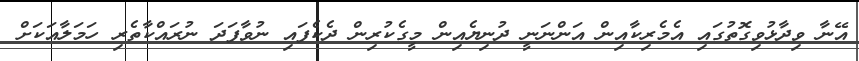
އޭނާ ވިދާޅުވިގޮތުގައި އެމެރިކާއިން އަންނަނީ ދުނިޔެއިން މީގެކުރިން ދެކެފައި ނުވާފަދަ ނުރައްކާތެރި ހަމަލާއަކަށް